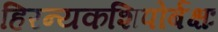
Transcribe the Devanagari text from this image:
हिरन्यकशिपोर्बक्षः